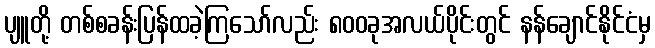
ပျူတို့ တစ်စခန်းပြန်ထခဲ့ကြသော်လည်း ၈၀၀ခုအလယ်ပိုင်းတွင် နန်ချောင်နိုင်ငံမှ